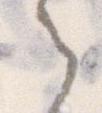
之